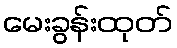
မေးခွန်းထုတ်